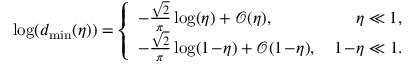
\begin{array} { r } { \log ( d _ { \mathrm { m i n } } ( \eta ) ) = \left\{ \begin{array} { l l } { - \frac { \sqrt { 2 } } { \pi } \log ( \eta ) + \mathcal { O } ( \eta ) , } & { \quad \: \: \eta \ll 1 , } \\ { - \frac { \sqrt { 2 } } { \pi } \log ( 1 \! - \! \eta ) + \mathcal { O } ( 1 \! - \! \eta ) , } & { \, 1 \! - \! \eta \ll 1 . } \end{array} \right. } \end{array}